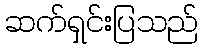
ဆက်ရှင်းပြသည်